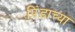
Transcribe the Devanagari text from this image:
पिंडाच्या